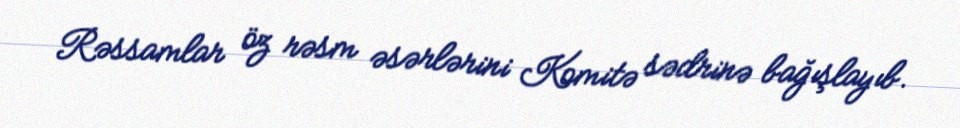
Rəssamlar öz rəsm əsərlərini Komitə sədrinə bağışlayıb.